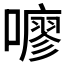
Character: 𫬏